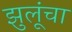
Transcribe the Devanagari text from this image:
झुलूंचा